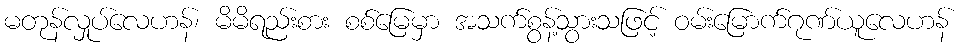
မတုန်လှုပ်လေဟန်၊ မိမိရည်းစား စစ်မြေမှာ အသက်စွန့်သွားသဖြင့် ဝမ်းမြောက်ဂုဏ်ယူလေဟန်